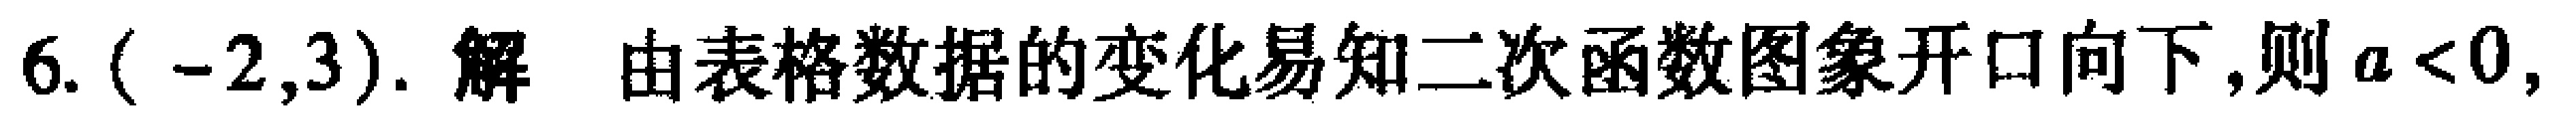
6. $(-2,3)$. 解 由表格数据的变化易知二次函数图象开口向下,则$a<0$,